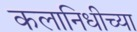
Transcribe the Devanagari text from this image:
कलानिधीच्या